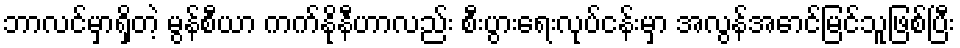
ဘာလင်မှာရှိတဲ့ မွန်စီယာ ကက်နိုနီဟာလည်း စီးပွားရေးလုပ်ငန်းမှာ အလွန်အောင်မြင်သူဖြစ်ပြီး